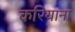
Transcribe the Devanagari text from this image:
करियाना